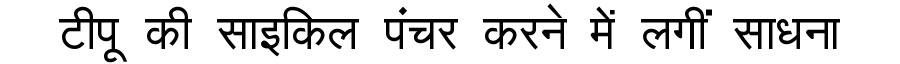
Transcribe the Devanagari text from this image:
टीपू की साइकिल पंचर करने में लगीं साधना